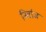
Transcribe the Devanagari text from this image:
निर्वाज